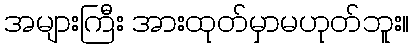
အများကြီး အားထုတ်မှာမဟုတ်ဘူး။